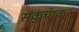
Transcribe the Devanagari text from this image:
सकुचाकर